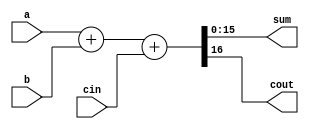
module add16 ( 
    input[15:0] a, 
    input[15:0] b, 
    input cin, 
    output [15:0] sum, 
    output  cout
     );
    
    assign {cout,sum}=a+b+cin;
    
endmodule